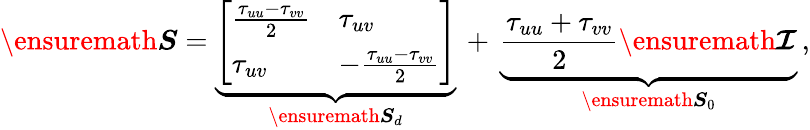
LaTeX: \ensuremath{\boldsymbol{S}}=\underbrace{\left[\begin{array}{ll}{\frac{\tau_{uu}-\tau_{vv}}{2}}&{\tau_{uv}}\\ {\tau_{uv}}&{-\frac{\tau_{uu}-\tau_{vv}}{2}}\end{array}\right]}_{\ensuremath{\boldsymbol{S}}_{d}}\, +\, \underbrace{\frac{\tau_{uu}+\tau_{vv}}{2}\ensuremath{\boldsymbol{\mathcal{I}}}}_{\ensuremath{\boldsymbol{S}}_{0}}\, ,